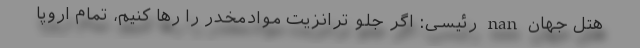
هتل جهان nan رئیسی: اگر جلو ترانزیت موادمخدر را رها کنیم، تمام اروپا